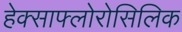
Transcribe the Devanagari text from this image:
हेक्साफ्लोरोसिलिक